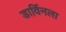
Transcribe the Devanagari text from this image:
डार्विनला